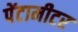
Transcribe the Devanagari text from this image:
पेंटामीटर